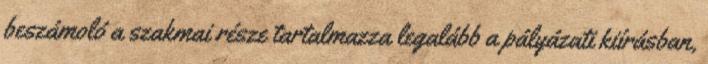
beszámoló a szakmai része tartalmazza legalább a pályázati kiírásban,